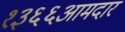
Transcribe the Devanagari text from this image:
१३६६आमदार